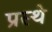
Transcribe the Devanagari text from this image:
प्रस्थे